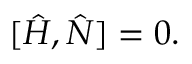
[ \hat { H } , \hat { N } ] = 0 .